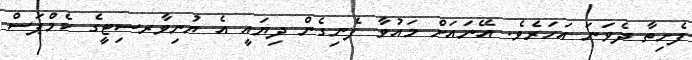
ފެށިތާ ދެވަނަ އަހަރެވެ. އޭނައަށް މައުވާ ފެނިގެން ދިޔައީ އެ ޔުނިވާރސިޓީގެ ކެމްޕަސް